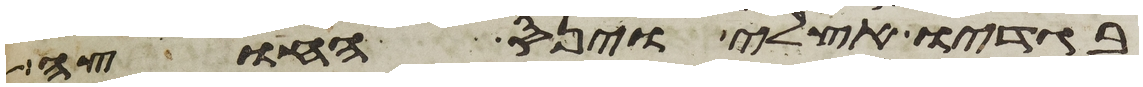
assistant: בגדיו אצלי וינס החוצה